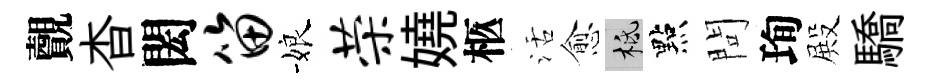
覿杳閎笛娘荣嬈柩活愈柢點問珣殿驕